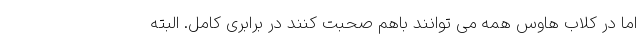
اما در کلاب هاوس همه می توانند باهم صحبت کنند در برابری کامل. البته